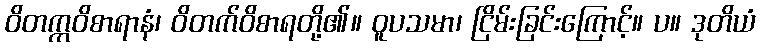
ဝိတက္ကဝိစာရာနံ၊ ဝိတက်ဝိစာရတို့၏။ ဝူပသမာ၊ ငြိမ်းခြင်းကြောင့်။ ပ။ ဒုတိယံ